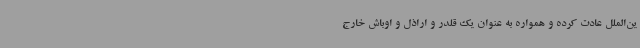
ین‌الملل عادت کرده و همواره به عنوان یک قلدر و اراذل و اوباش خارج